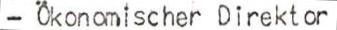
-Ökonomischer Direktor